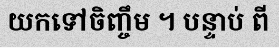
យកទៅចិញ្ចឹម ។ បន្ទាប់ ពី